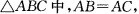
\bigtriangleupABC中，$$A B = A C$$，